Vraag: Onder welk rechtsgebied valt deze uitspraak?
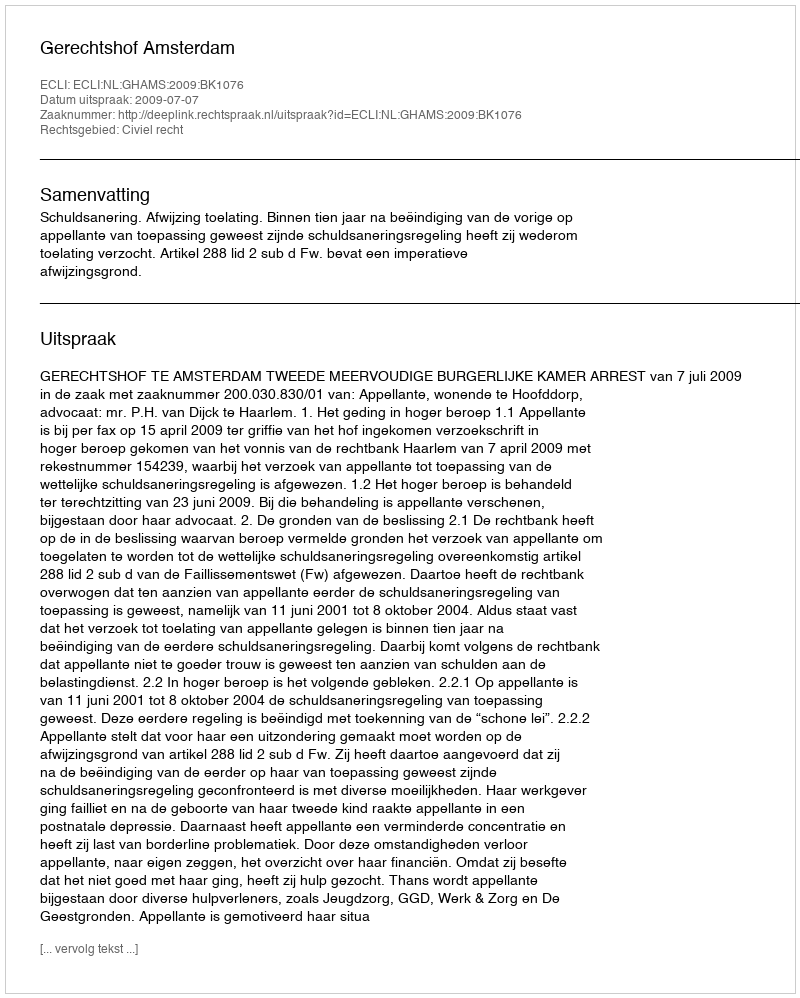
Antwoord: Civiel recht